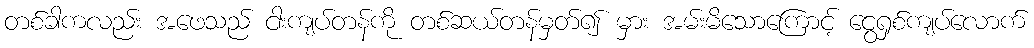
တစ်ခါကလည်း အဖေသည် ငါးကျပ်တန်ကို တစ်ဆယ်တန်မှတ်၍ မှား အမ်းမိသောကြောင့် ငွေရှစ်ကျပ်လောက်